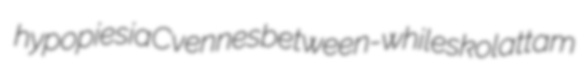
hypopiesia Cvennes between-whiles kolattam